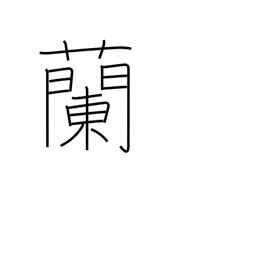
Meaning: orchid